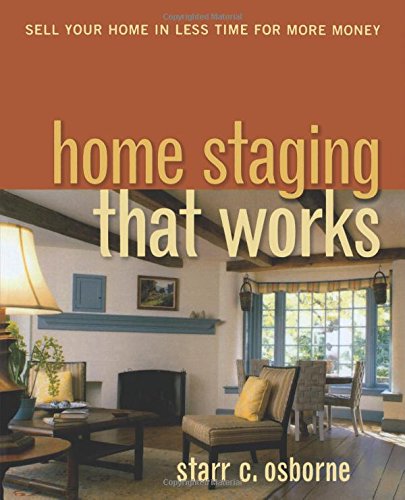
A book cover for Home Staging That Works: Sell Your Home in Less Time for More Money; Starr C. Osborne; Business & Money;